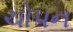
ચોપન